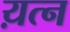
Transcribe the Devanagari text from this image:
य़त्न